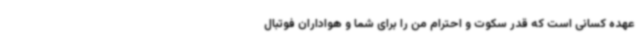
عهده کسانی است که قدر سکوت و احترام من را برای شما و هواداران فوتبال